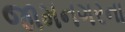
જામનગરના